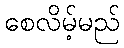
စေလိမ့်မည်